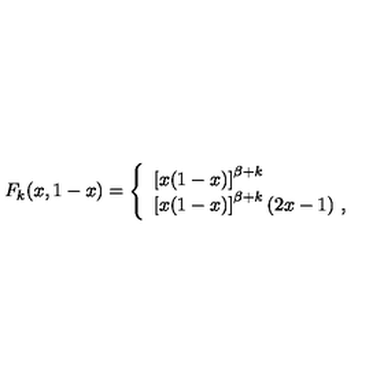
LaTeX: F _ { k } ( x , 1 - x ) = \left\{ \begin{array} { l } { \left[ x ( 1 - x ) \right] ^ { \beta + k } } \\ { \left[ x ( 1 - x ) \right] ^ { \beta + k } ( 2 x - 1 ) \ , } \\ \end{array} \right.